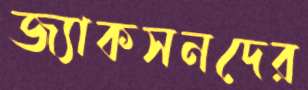
জ্যাকসনদের